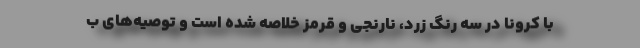
با کرونا در سه رنگ زرد، نارنجی و قرمز خلاصه شده است و توصیه‌های ب